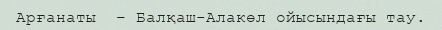
Арғанаты  – Балқаш-Алакөл ойысындағы тау.